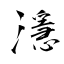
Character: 濦